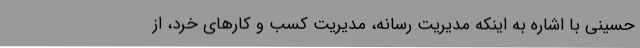
حسینی با اشاره به اینکه مدیریت رسانه، مدیریت کسب و کارهای خرد، از